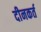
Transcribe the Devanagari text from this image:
दीनकर्त